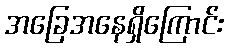
အခြေအနေရှိကြောင်း